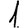
Digit: 1